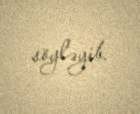
söyləyib.